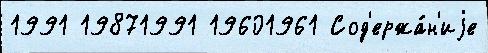
1991 19871991 19601961 Сод'ержа́н'иjе